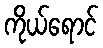
ကိုယ်ရောင်